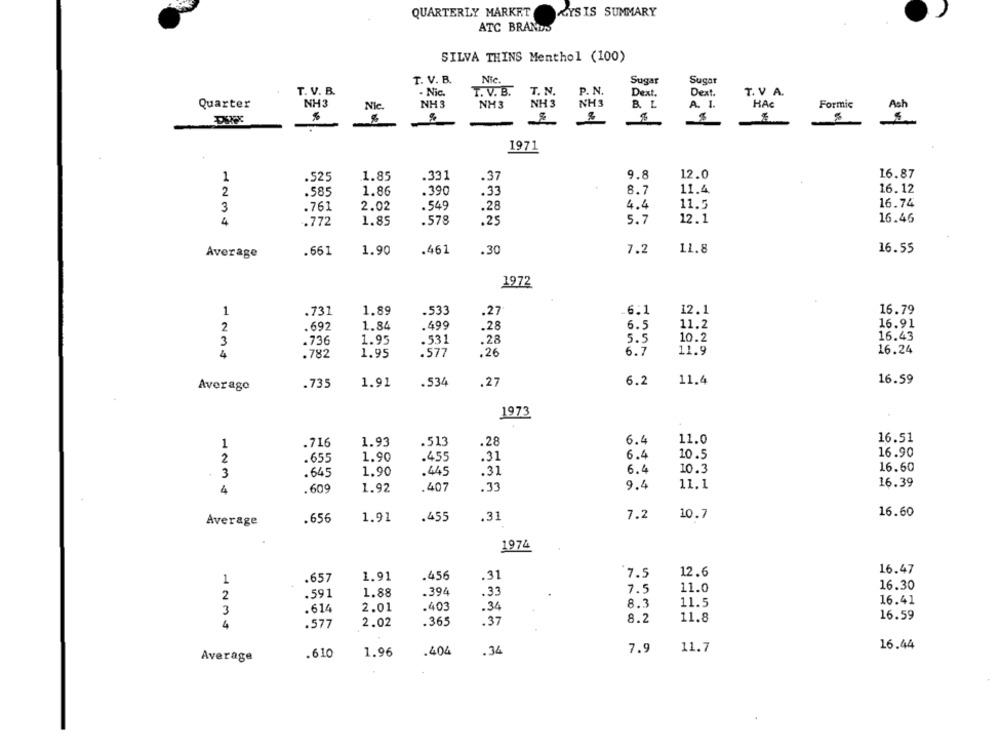
QUARTERLY MARKET
KYS IS SUMMARY
ATC BRANDS
SILVA THINS Menthol (100)
T. V. B.
Nic
Sugar
Sugar
T. V. B.
T. N.
P. N.
- Nic.
T. V. B.
Dext.
T. V. A.
Quarter
NH3
Nie
NH 3
NH 3
NH3
B. L
HAC
Formic
%
%
1971
1
.525
1.85
.331
.37
9.8
12.0
16.87
2
.585
1.86
.390
.33
8.7
11.4
16.12
16.74
.761
2.02
.549
.28
4.4
11.5
34
.772
1.85
.578
.25
5.7
12.1
16.46
Average
.661
1.90
.461
.30
7.2
11.8
16.55
1972
1
.731
1.89
.533
.27
6.1
12.1
16.79
2
.692
1.84
.499
.28
6.5
11.2
16.91
10.2
16.43
3
.736
1.95
.531
.28
5.5
4
.577
6.7
11.9
16.24
.782
1.95
.26
.735
.534
.27
6.2
11.4
16.59
Average
1.91
1973
1
.716
1.93
.513
.28
6.4
11.0
16.51
2
1.90
.459
.31
6.4
10.5
16.90
.655
3
1.90
.445
.31
6.4
10.3
16.60
.645
.407
.33
9.4
11.1
16.39
4
.609
1.92
1.91
.455
.31
7.2
10.7
16.60
Average
.656
1974
12.6
16.47
.657
1.91
.456
.31
7.5
1
16.30
.591
1.88
.394
.33
7.5
11.0
2
16.41
.614
2.01
.403
.34
8.3
11.5
3
16.59
2.02
.365
.37
8.2
11.8
4
.577
.610
.404
.34
7.9
11.7
16.44
Average
1.96